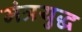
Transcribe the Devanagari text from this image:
मंत्रयुद्ध